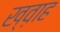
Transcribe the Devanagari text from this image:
ख्व़ाह